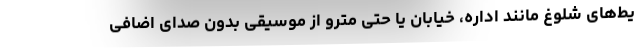
یط‌های شلوغ مانند اداره، خیابان یا حتی مترو از موسیقی بدون صدای اضافی